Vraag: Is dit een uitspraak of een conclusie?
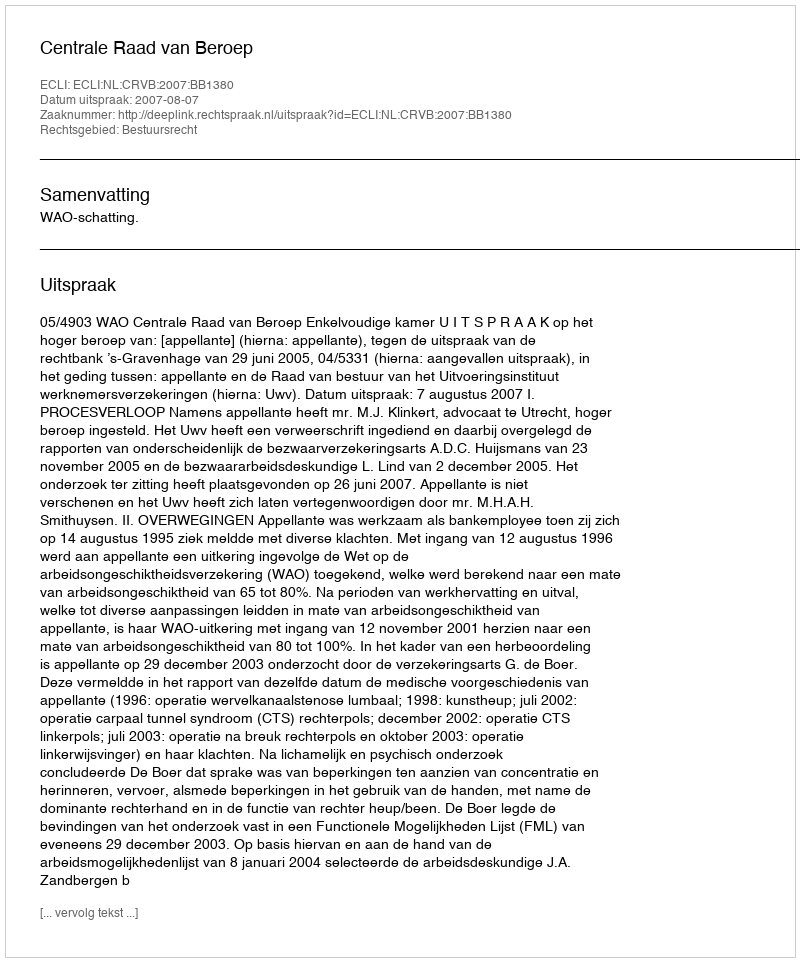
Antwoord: Uitspraak